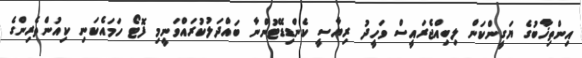
އިންތިޚާބުގެ ޔަގީންކަން ލިބިއްޖެރައީސް ވަހީދު ރިޔާސީ ކެންޑިޑޭޓުންނާ ބައްދަލުކުރައްވަނީމި ފޮޓޯ ހަމައެކަނި ކިއުންތެރިންގެ